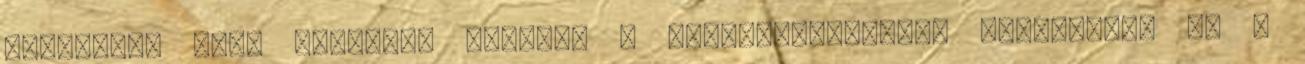
kültéren, vagy beltéren lesz-e, a legklasszikusabb választás, ha a